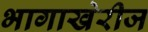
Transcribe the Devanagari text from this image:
भागाखेरीज